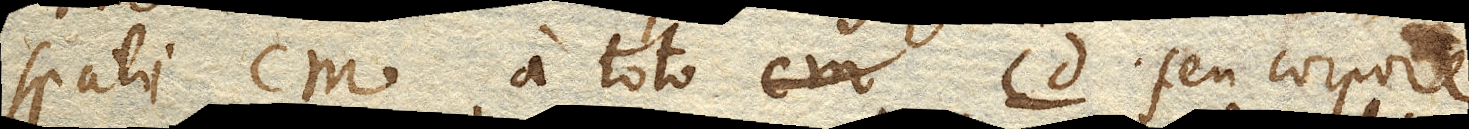
spatii cm. a toto cd. seu corpore